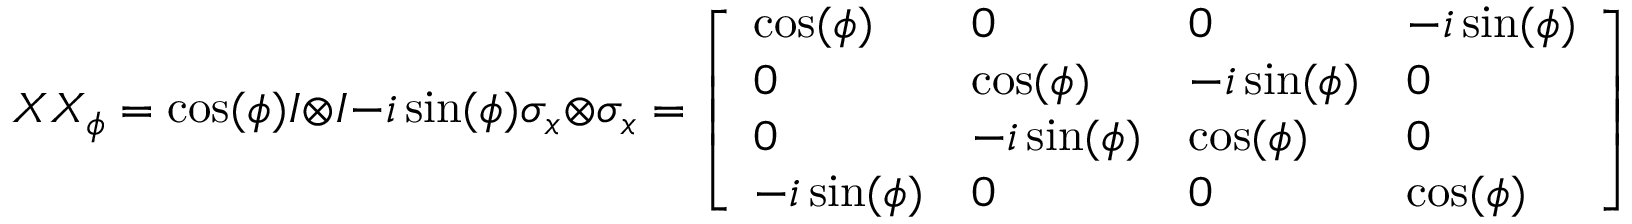
X X _ { \phi } = \cos ( \phi ) I \otimes I - i \sin ( \phi ) \sigma _ { x } \otimes \sigma _ { x } = { \left[ \begin{array} { l l l l } { \cos ( \phi ) } & { 0 } & { 0 } & { - i \sin ( \phi ) } \\ { 0 } & { \cos ( \phi ) } & { - i \sin ( \phi ) } & { 0 } \\ { 0 } & { - i \sin ( \phi ) } & { \cos ( \phi ) } & { 0 } \\ { - i \sin ( \phi ) } & { 0 } & { 0 } & { \cos ( \phi ) } \end{array} \right] }